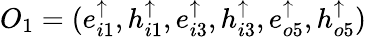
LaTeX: O_{1}=(e_{i1}^{\uparrow},h_{i1}^{\uparrow},e_{i3}^{\uparrow},h_{i3}^{\uparrow},e_{o5}^{\uparrow},h_{o5}^{\uparrow})